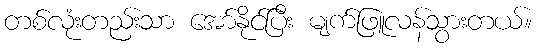
တစ်လုံးတည်းသာ အော်နိုင်ပြီး မျက်ဖြူလန်သွားတယ်။